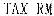
TAX RM